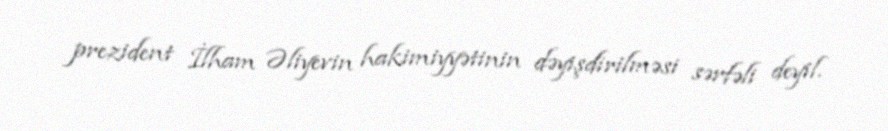
prezident İlham Əliyevin hakimiyyətinin dəyişdirilməsi sərfəli deyil.